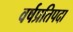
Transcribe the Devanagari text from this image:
वर्षप्रतिपदा